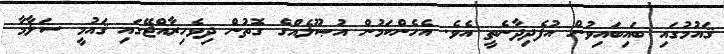
ޤައުމުގައި ބައިބައިވުން އުފެދިދާނެތީ އެވެ. އެހެންކަމުން އުޞޫލެއްގެ ގޮތުން ދިވެހިރާއްޖޭގައި ޤައުމީ ސަލާމާ